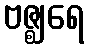
ဗဇ္ဈရေ